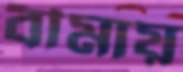
বীমায়